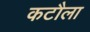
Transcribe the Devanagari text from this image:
कटौला